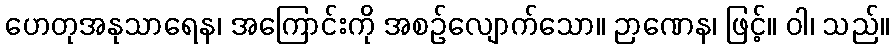
ဟေတုအနုသာရေန၊ အကြောင်းကို အစဉ်လျောက်သော။ ဉာဏေန၊ ဖြင့်။ ဝါ၊ သည်။